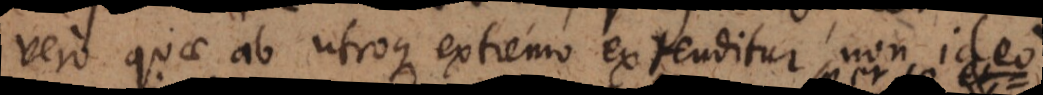
vero quae ab utroque extremo extenditur, non ideo